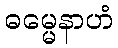
ဓမ္မေနာဟံ